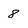
Character: 8